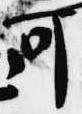
可